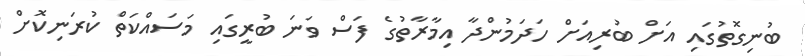
ބުނިގޮތުގައި އަށް ބުރިއަށް ހަދަމުންދާ އިމާރާތުގެ ފަސް ވަނަ ބުރީގައި މަސައްކަތް ކުރަނިކޮށް